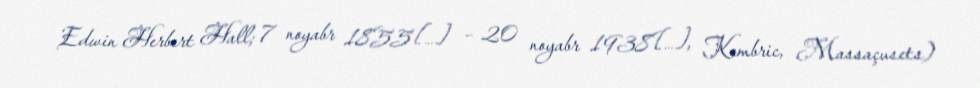
Edwin Herbert Hall; 7 noyabr 1855[…] – 20 noyabr 1938[…], Kembric, Massaçusets)